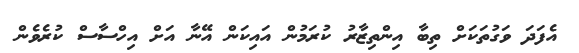
އެފަދަ ވަގުތަކަށް ތިބާ އިންތިޒާރު ކުރަމުން އައިކަން އޭނާ އަށް އިހްސާސް ކުރެވެން